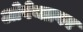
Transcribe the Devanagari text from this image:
ओवेनब्रगर